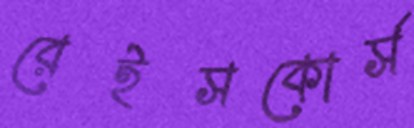
রেইসকোর্স